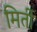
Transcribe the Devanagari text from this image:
मिर्ती